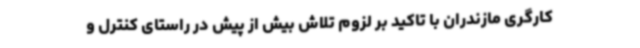
کارگری مازندران با تاکید بر لزوم تلاش بیش از پیش در راستای کنترل و